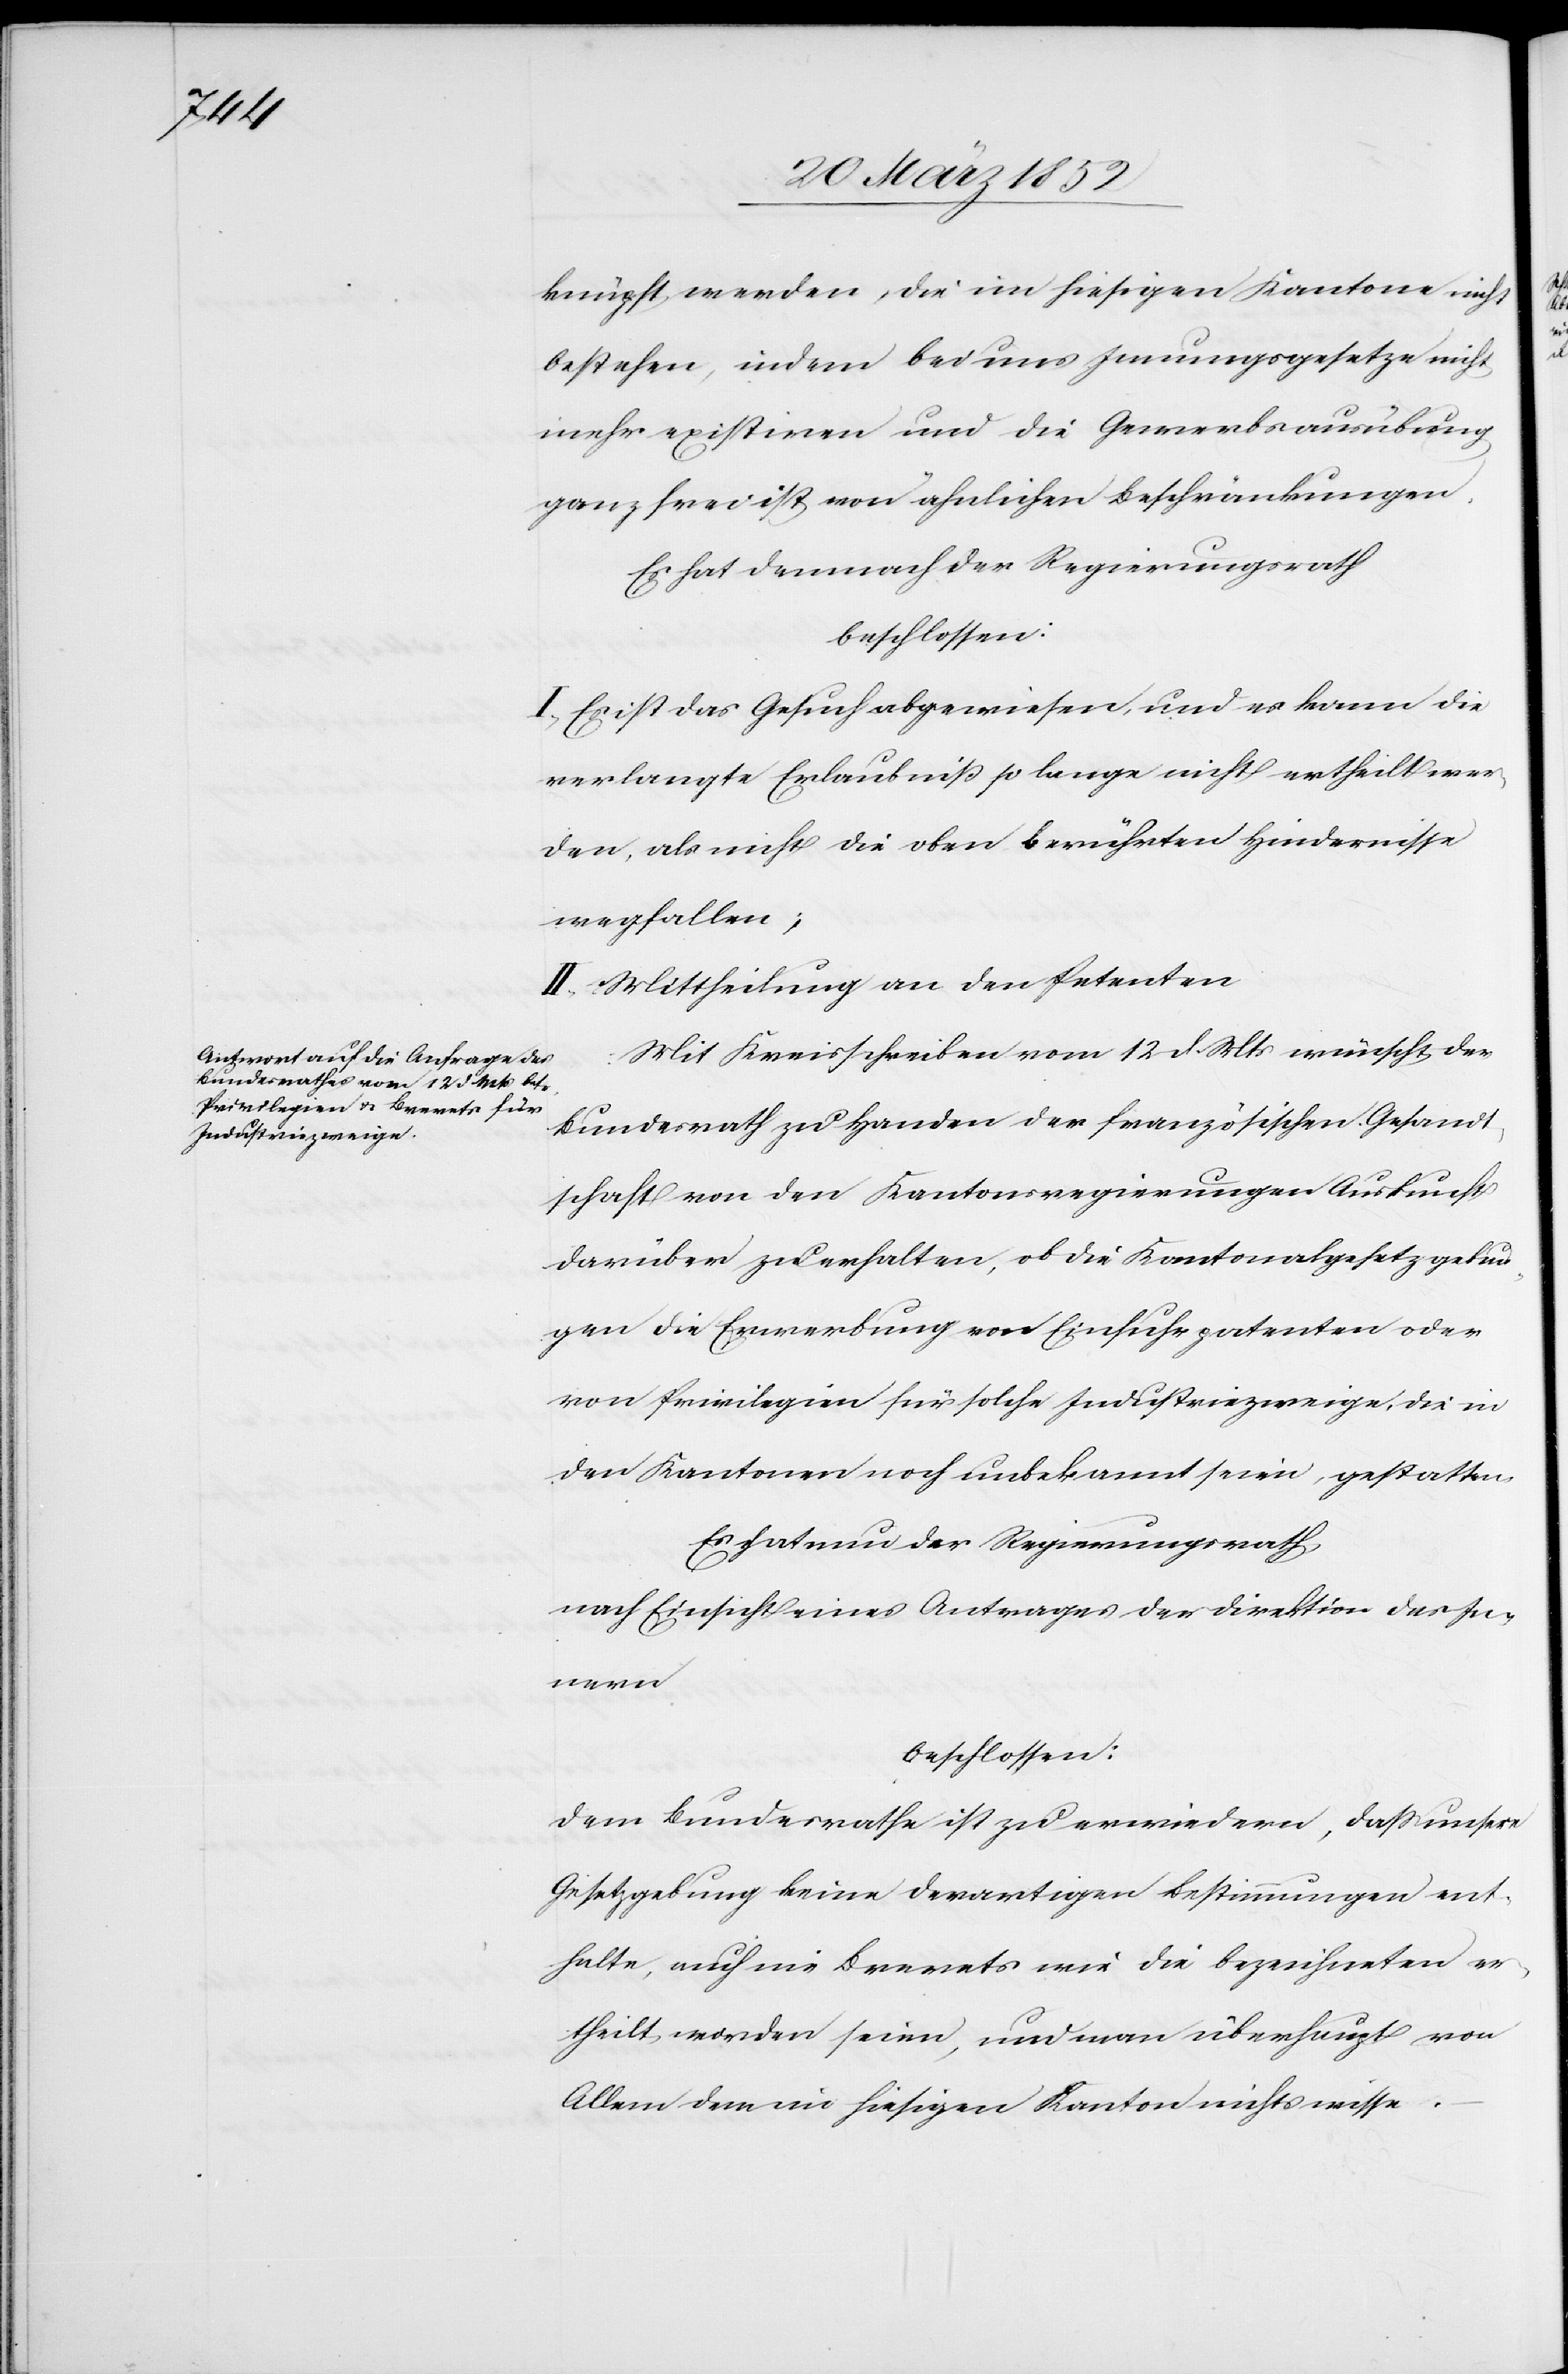
knüpft werden, die im hiesigen Kantone nicht
bestehen, indem bei uns Innungsgesetze nicht
mehr existiren und die Gewerbsausübung
ganz frei ist von ähnlichen Beschränkungen.
Es hat demnach der Regierungsrath
beschlossen:
I. Es ist das Gesuch abgewiesen, und es kann die
verlangte Erlaubniß so lange nicht ertheilt wer¬
den, als nicht die oben berührten Hindernisse
wegfallen;
II. Mittheilung an den Petenten.
Mit Kreisschreiben vom 12 d. Mts wünscht der
Bundesrath zu Handen der französischen Gesandt¬
schaft von den Kantonsregierungen Auskunft
darüber zu erhalten, ob die Kantonalgesetzgebun¬
gen die Erwerbung von Einfuhrpatenten oder
von Privilegien für solche Industriezweige, die in
den Kantonen noch unbekannt seien, gestatten.
Es hat nun der Regierungsrath
nach Einsicht eines Antrages der Direktion des In¬
nern
beschlossen:
Dem Bundesrathe ist zu erwiedern, daß unsere
Gesetzgebung keine derartigen Bestimmungen ent¬
halte, auch nie Brevets wie die Bezeichneten e¬
rtheilt worden seien, und man überhaupt von
Allem dem im hiesigen Kanton nichts wisse.